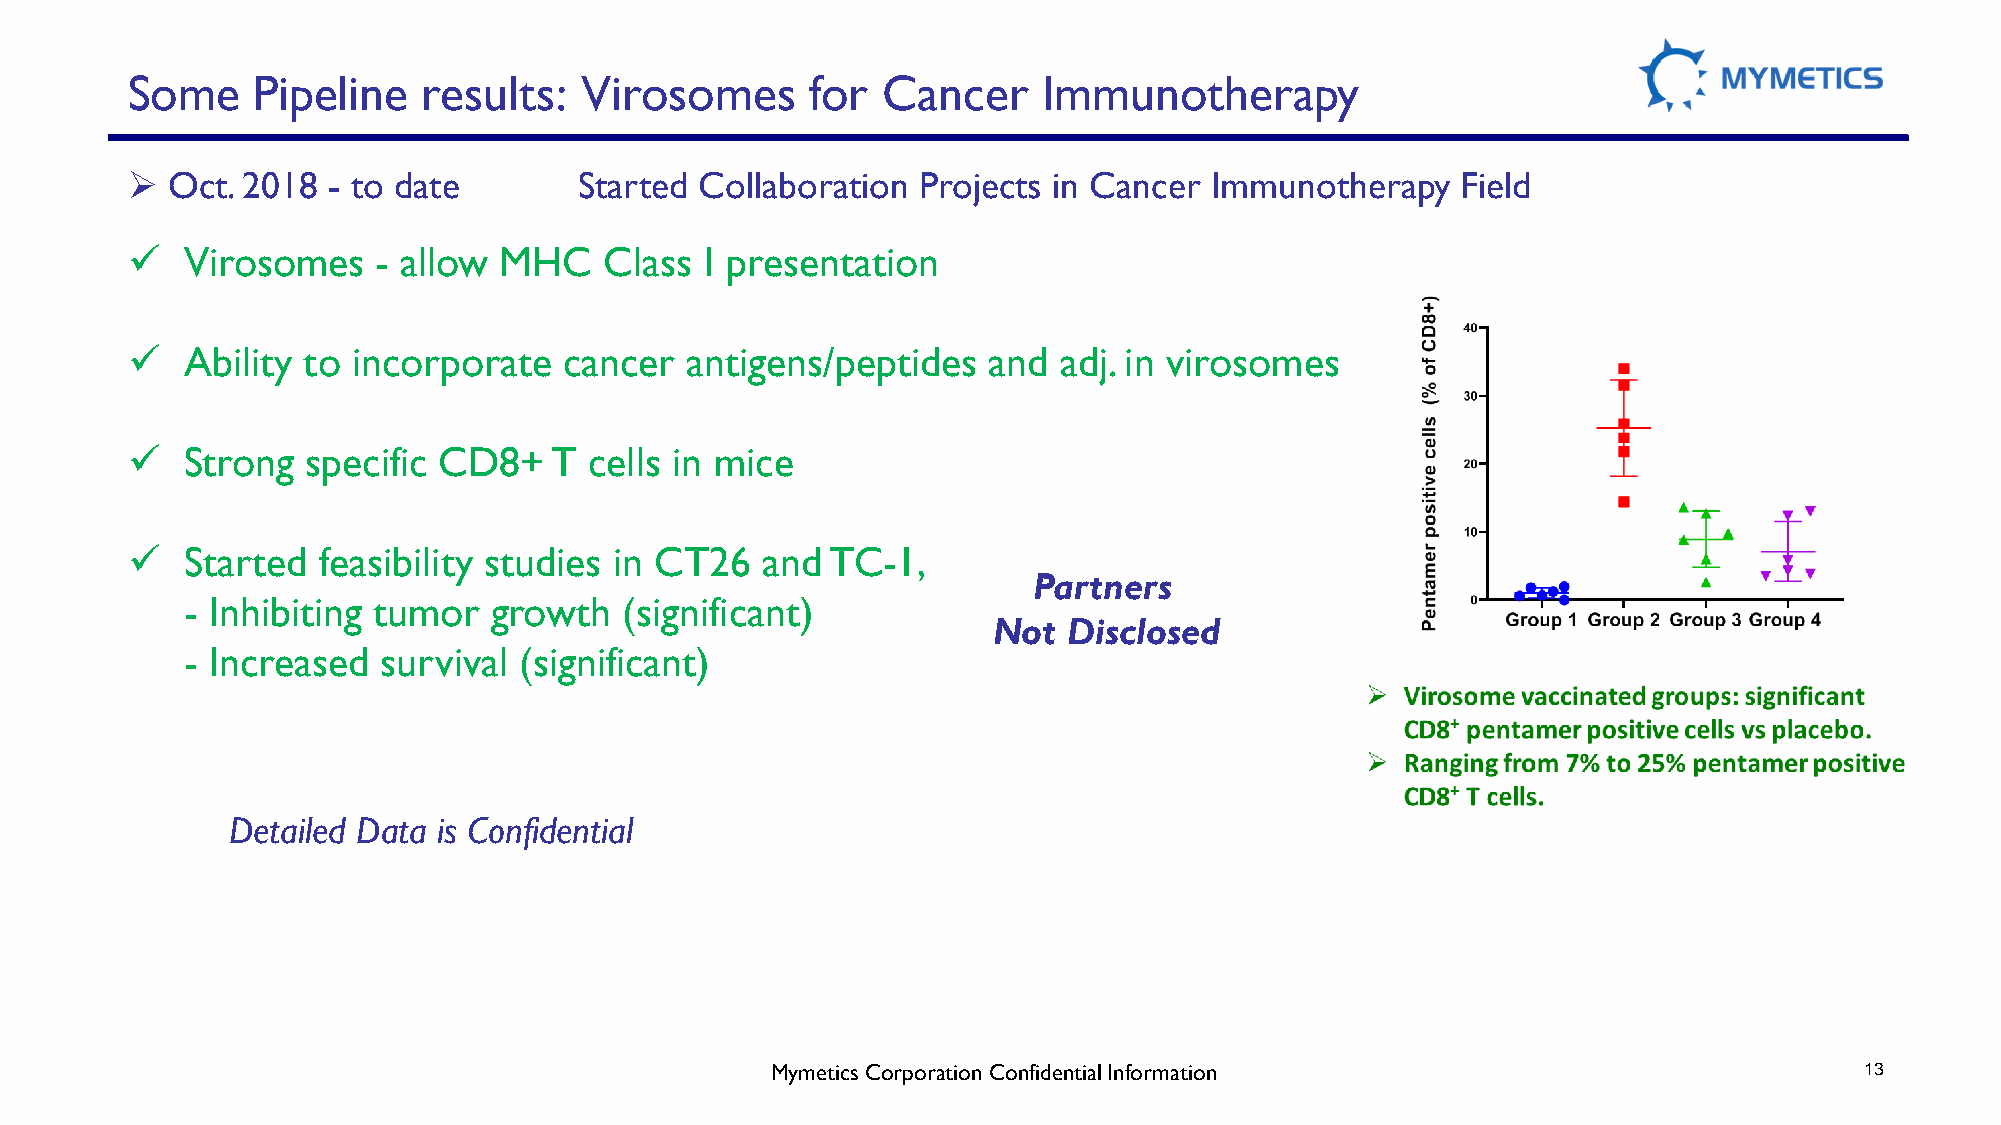
Some     Pipeline   results:  Virosomes       for Cancer     Immunotherapy
 ➢  Oct. 2018  - to date       Started Collaboration  Projects in Cancer Immunotherapy    Field
 ✓   Virosomes    - allow MHC    Class  I presentation
 ✓   Ability to incorporate   cancer  antigens/peptides   and  adj. in virosomes
 ✓   Strong  specific CD8+   T  cells in mice
 ✓   Started  feasibility studies in CT26  and  TC-1,
 Partners
 - Inhibiting tumor  growth   (significant)
 Not  Disclosed
 - Increased  survival (significant)
 Detailed Data is Confidential
 MymeticsCorporation Confidential Information                            13